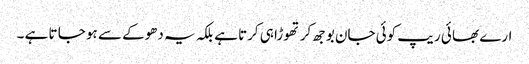
ارے بھا ئی ریپ کوئی جان بوجھ کر تھوڑا ہی کرتا ہے بلکہ یہ دھوکے سے ہو جا تا ہے ۔